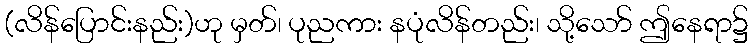
(လိန်ပြောင်းနည်း)ဟု မှတ်၊ ပုညကား နပုံလိန်တည်း၊ သို့သော် ဤနေရာ၌